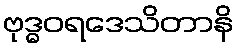
ဗုဒ္ဓဝရဒေသိတာနိ